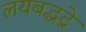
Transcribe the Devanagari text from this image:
लयबद्धट्रे